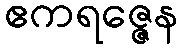
ဧကရဇ္ဇေန